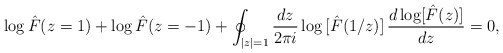
\begin{align*}{{\log}\, \hat{F}(z=1)+{\log} \,\hat{F}(z=-1)}+\oint_{|z|=1} \frac{d z}{2\pi i }\, {\log}\, [\hat{F}(1/z)]\,\frac{d\,{\log}[\hat{F}(z)]}{d z}=0,\end{align*}